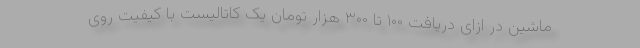
ماشین در ازای دریافت ۱۰۰ تا ۳۰۰ هزار تومان یک کاتالیست با کیفیت روی